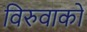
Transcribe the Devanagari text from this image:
विरुवाको